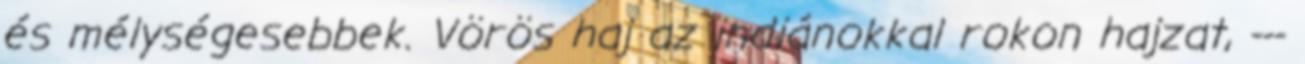
és mélységesebbek. Vörös haj az indiánokkal rokon hajzat, ---